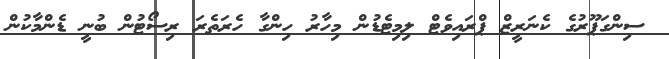
ސިންގަޕޫރުގެ ކެނަރީޒް ޕްރައިވެޓް ލިމިޓެޑުން މިހާރު ހިންގާ ހެރަތެރަ ރިސޯޓުން ބުނީ ޑެންމާކުން